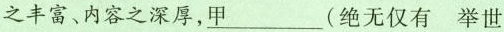
之丰富、内容之深厚，甲_(绝无仅有 举世